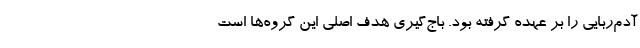
آدم‌ربایی را بر عهده گرفته بود. باج‌گیری هدف اصلی این گروه‌ها است